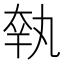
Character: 𡘺